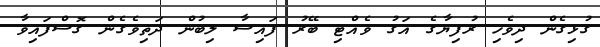
ގުޅިގެން ދިވެހި ރުފިޔާގެ އަގު ވެއްޓި ބޭރު ފައިސާ ލިބުން ދަތިވެގެން ގޮސްފައިވާ